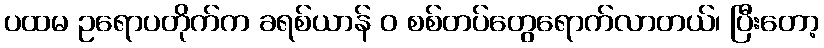
ပထမ ဥရောပတိုက်က ခရစ်ယာန် ဝ စစ်တပ်တွေရောက်လာတယ်၊ ပြီးတော့